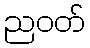
ညဝတ်